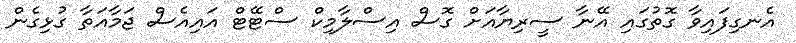
އެނގިފައިވާ ގޮތުގައި އޭނާ ސީރިޔާއަށް ގޮސް އިސްލާމިކް ސްޓޭޓް އައިއެސް ޖަމާއަތާ ގުޅިގެން